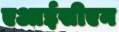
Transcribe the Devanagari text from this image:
एआईसीएन